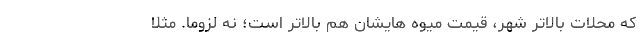
که محلاتِ بالاترِ شهر، قیمت میوه هایشان هم بالاتر است؛ نه لزوما. مثلا